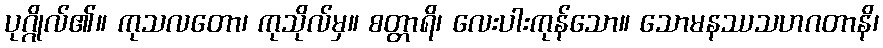
ပုဂ္ဂိုလ်၏။ ကုသလတော၊ ကုသိုလ်မှ။ စတ္တာရိ၊ လေးပါးကုန်သော။ သောမနဿသဟဂတာနိ၊